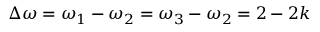
\Delta \omega = \omega _ { 1 } - \omega _ { 2 } = \omega _ { 3 } - \omega _ { 2 } = 2 - 2 k